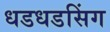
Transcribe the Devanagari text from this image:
धडधडसिंग